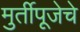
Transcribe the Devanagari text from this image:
मुर्तीपूजेचे